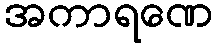
အကာရဏေ